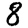
Digit: 8